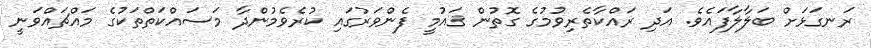
ރަނގަޅަށް ބަލާލާފައެވެ. އަދި ރައްކާތެރިވުމުގެ ގޮތުން ޤައުމީ ފެންވަރުގައި ކުރެވެމުންދާ މަސައްކަތްތަކުގެ މައްޗައްވަނީ